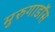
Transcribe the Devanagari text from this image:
मुरुगाडॉस